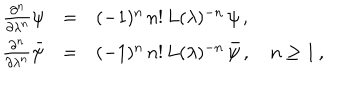
\begin{array} { r c l } { { \frac { \partial ^ { n } } { \partial \lambda ^ { n } } \psi } } & { { = } } & { { ( - 1 ) ^ { n } \, n ! \, L ( \lambda ) ^ { - n } \, \psi \, , } } \\ { { \frac { \partial ^ { n } } { \partial \lambda ^ { n } } \bar { \psi } } } & { { = } } & { { ( - 1 ) ^ { n } \, n ! \, L ( \lambda ) ^ { - n } \, \bar { \psi } \, , \quad n \geq 1 \, , } } \\ \end{array}